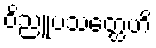
ဝိညူပသတ္ထေဟိ